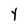
Character: Y